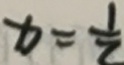
x = \frac { 1 } { 2 }